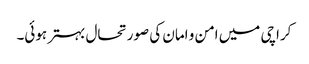
کراچی میں امن و امان کی صورتحال بہتر ہوئی۔